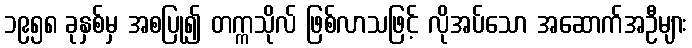
၁၉၅၈ ခုနှစ်မှ အစပြု၍ တက္ကသိုလ် ဖြစ်လာသဖြင့် လိုအပ်သော အဆောက်အဦများ